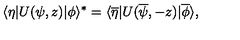
\langle \eta | U ( \psi , z ) | \phi \rangle ^ { \ast } = \langle \overline { \eta } | U ( \overline { \psi } , - z ) | \overline { \phi } \rangle ,